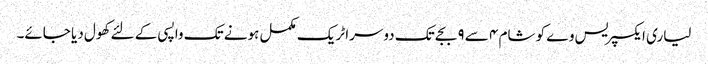
لیاری ایکسپریس وے کو شام ٤ سے ٩ بجے تک دوسرا ٹریک مکمل ہونے تک واپسی کے لئے کھول دیا جائے۔